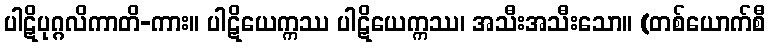
ပါဋိပုဂ္ဂလိကာတိ-ကား။ ပါဋိယေက္ကဿ ပါဋိယေက္ကဿ၊ အသီးအသီးသော။ (တစ်ယောက်စီ